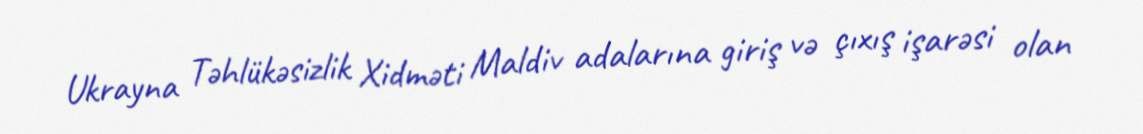
Ukrayna Təhlükəsizlik Xidməti Maldiv adalarına giriş və çıxış işarəsi olan